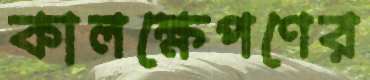
কালক্ষেপণের